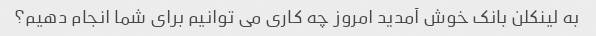
به لینکلن بانک خوش آمدید امروز چه کاری می توانیم برای شما انجام دهیم؟